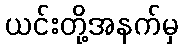
ယင်းတို့အနက်မှ